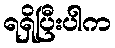
ရရှိပြီးပါက